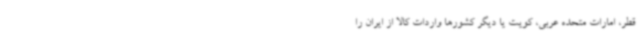
قطر، امارات متحده عربی، کویت یا دیگر کشورها واردات کالا از ایران را